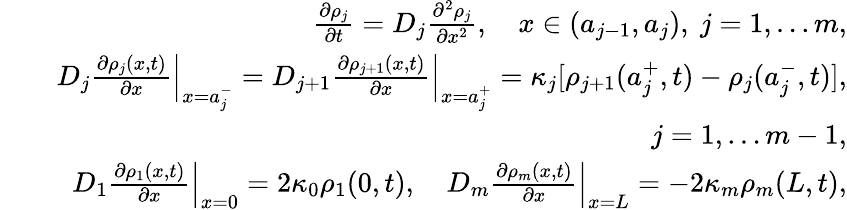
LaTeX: \begin{array}{rlr}&{}&{\frac{\partial\rho_{j}}{\partial t}=D_{j}\frac{\partial^{2}\rho_{j}}{\partial x^{2}},\quad x\in(a_{j-1},a_{j}),\ j=1,\ldots m,}\\ &{}&{\left.D_{j}\frac{\partial\rho_{j}(x,t)}{\partial x}\right|_{x=a_{j}^{-}}=\left.D_{j+1}\frac{\partial\rho_{j+1}(x,t)}{\partial x}\right|_{x=a_{j}^{+}}=\kappa_{j}[\rho_{j+1}(a_{j}^{+},t)-\rho_{j}(a_{j}^{-},t)],}\\ &{}&{j=1,\ldots m-1,}\\ &{}&{\left.D_{1}\frac{\partial\rho_{1}(x,t)}{\partial x}\right|_{x=0}=2\kappa_{0}\rho_{1}(0,t),\quad\left.D_{m}\frac{\partial\rho_{m}(x,t)}{\partial x}\right|_{x=L}=-2\kappa_{m}\rho_{m}(L,t),}\end{array}